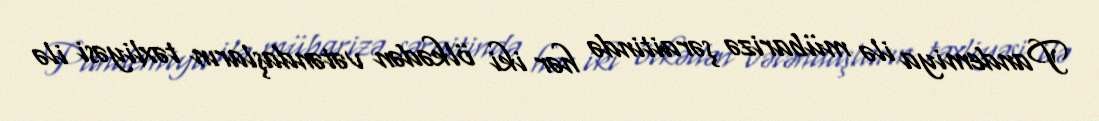
Pandemiya ilə mübarizə şəraitində hər iki ölkədən vətəndaşların təxliyəsi ilə